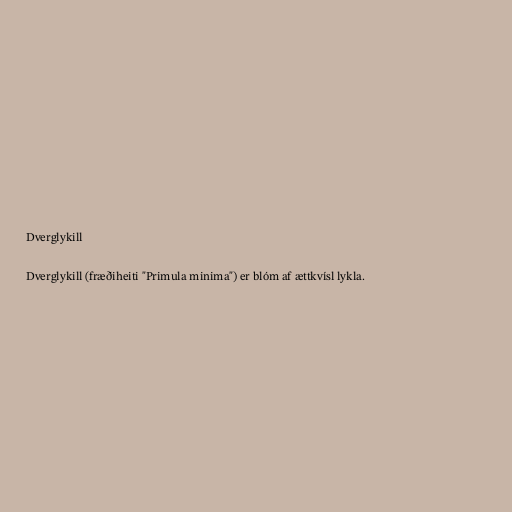
Dverglykill

Dverglykill (fræðiheiti "Primula minima") er blóm af ættkvísl lykla.